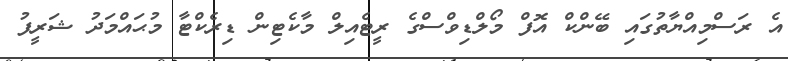
އެ ރަސްމިއްޔާތުގައި ބޭންކް އޮފް މޯލްޑިވްސްގެ ރީޓެއިލް މާކެޓިން ޑިރެކްޓާ މުޙައްމަދު ޝަރީފު